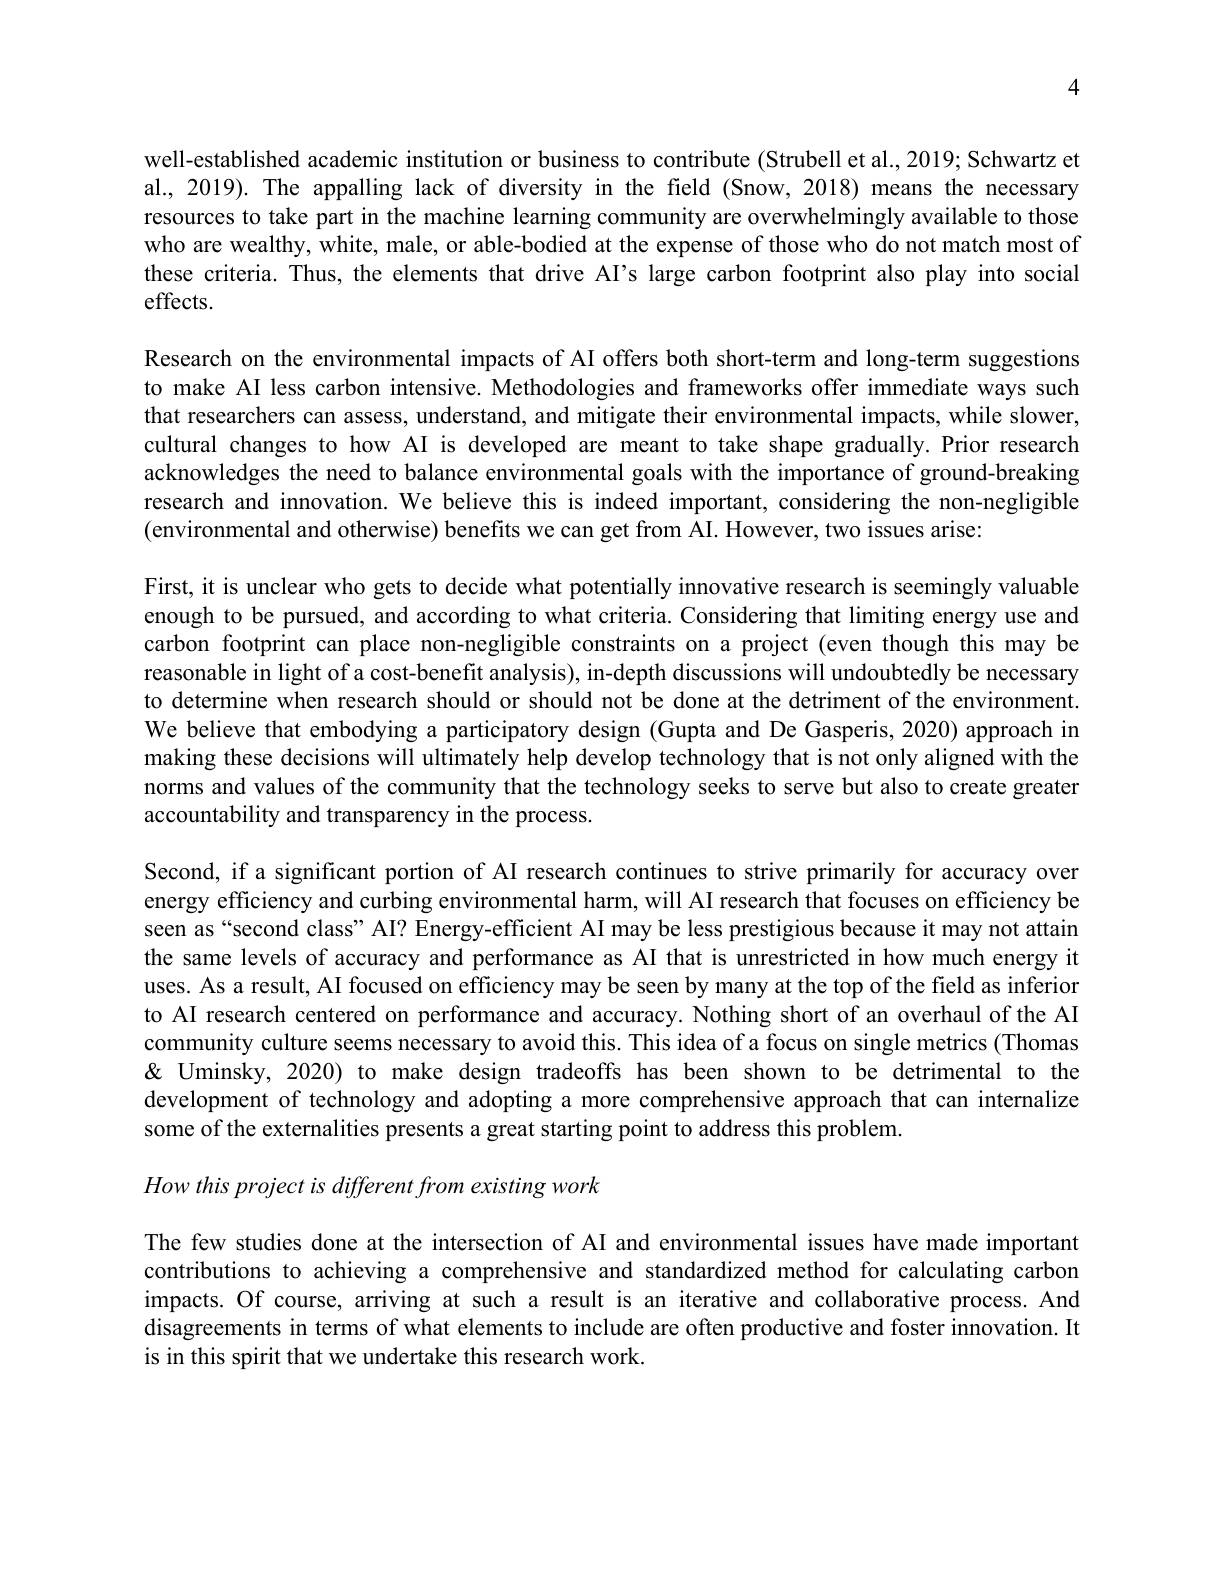
4

well-established academic institution or business to contribute (Strubell et al., 2019; Schwartz et al., 2019). The appalling lack of diversity in the field (Snow, 2018) means the necessary resources to take part in the machine learning community are overwhelmingly available to those who are wealthy, white, male, or able-bodied at the expense of those who do not match most of these criteria. Thus, the elements that drive AI's large carbon footprint also play into social effects.

Research on the environmental impacts of AI offers both short-term and long-term suggestions to make AI less carbon intensive. Methodologies and frameworks offer immediate ways such that researchers can assess, understand, and mitigate their environmental impacts, while slower, cultural changes to how AI is developed are meant to take shape gradually. Prior research acknowledges the need to balance environmental goals with the importance of ground-breaking research and innovation. We believe this is indeed important, considering the non-negligible (environmental and otherwise) benefits we can get from AI. However, two issues arise:

First, it is unclear who gets to decide what potentially innovative research is seemingly valuable enough to be pursued, and according to what criteria. Considering that limiting energy use and carbon footprint can place non-negligible constraints on a project (even though this may be reasonable in light of a cost-benefit analysis), in-depth discussions will undoubtedly be necessary to determine when research should or should not be done at the detriment of the environment. We believe that embodying a participatory design (Gupta and De Gasperis, 2020) approach in making these decisions will ultimately help develop technology that is not only aligned with the norms and values of the community that the technology seeks to serve but also to create greater accountability and transparency in the process
Second, if a significant portion of AI research continues to strive primarily for accuracy over

energy efficiency and curbing environmental harm, will AI research that focuses on efficiency be seen as“second class” AI? Energy-efficient AI may be less prestigious because it may not attain the same levels of accuracy and performance as AI that is unrestricted in how much energy it uses. As a result, AI focused on efficiency may be seen by many at the top of the field as inferior to AI research centered on performance and accuracy. Nothing short of an overhaul of the AI community culture seems necessary to avoid this. This idea of a focus on single metrics (Thomas & Uminsky, 2020) to make design tradeoffs has been shown to be detrimental to the development of technology and adopting a more comprehensive approach that can internalize some of the externalities presents a great starting point to address this problem.
$How\textit{ this project is different from existing work}$

The few studies done at the intersection of AI and environmental issues have made important contributions to achieving a comprehensive and standardized method for calculating carbon impacts. Of course, arriving at such a result is an iterative and collaborative process. And disagreements in terms of what elements to include are often productive and foster innovation. It is in this spirit that we undertake this research work.